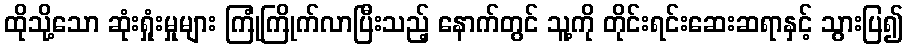
ထိုသို့သော ဆုံးရှုံးမှုများ ကြုံကြိုက်လာပြီးသည့် နောက်တွင် သူ့ကို တိုင်းရင်းဆေးဆရာနှင့် သွားပြ၍